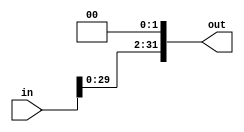
`timescale 1ns / 1ps
//////////////////////////////////////////////////////////////////////////////////
// Company: 
// Engineer: 
// 
// Design Name: 
// Module Name: ShiftLeft2_32
// Project Name: 
// Target Devices: 
// Tool Versions: 
// Description: 
// 
// Dependencies: 
// 
// Revision:
// Revision 0.01 - File Created
// Additional Comments:
// 
//////////////////////////////////////////////////////////////////////////////////


module ShiftLeft2_32(
in, out
    );
    input [31:0] in;
    output [31:0] out;
    
    assign out = in << 2;
   
endmodule